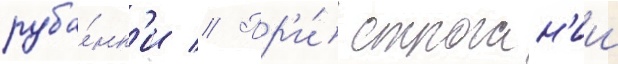
руба́нк'и // Пр'и́ строган'ии